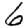
Digit: 6